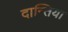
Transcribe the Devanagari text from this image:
दान्तिया